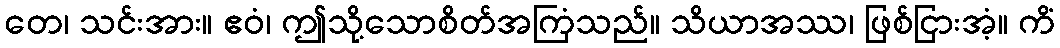
တေ၊ သင်းအား။ ဧဝံ၊ ဤသို့သောစိတ်အကြံသည်။ သိယာအဿ၊ ဖြစ်ငြားအံ့။ ကိံ